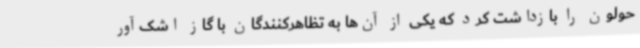
حولون را بازداشت کرد که یکی از آن‌ها به تظاهرکنندگان با گاز اشک‌آور